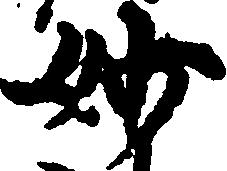
妙